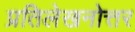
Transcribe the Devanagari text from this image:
प्रतिलेखनोत्तर